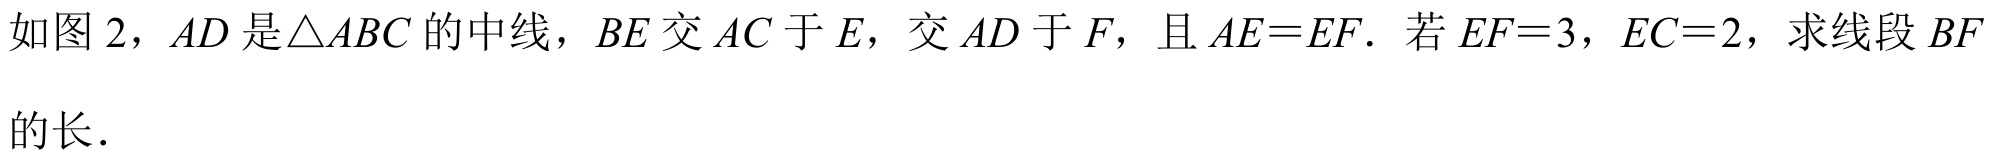
如图 2，$AD$是$\triangle ABC$的中线，$BE$交$AC$于$E$，交$AD$于$F$，且$AE = EF$．若$EF = 3$，$EC = 2$，求线段$BF$\\
的长．